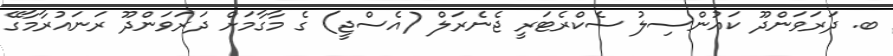
ބ. ދަރަވަންދޫ ކައުންސިލު ސެކްރެޓަރީ ޖެނެރަލް (އެސްޖީ) ގެ މާގާމަށް ދަރަވަންދޫ ރަނައުރާމާގޭ